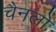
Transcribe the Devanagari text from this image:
चैनलो